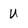
Character: U